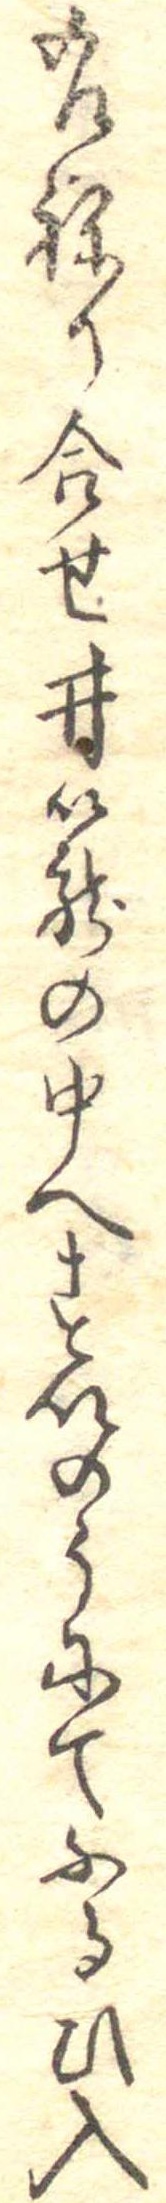
右ねり合せ井篭の中へすいのうにてふるひ入